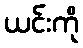
ယင်းကို